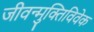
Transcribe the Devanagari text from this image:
जीवन्मुक्तिविवेक